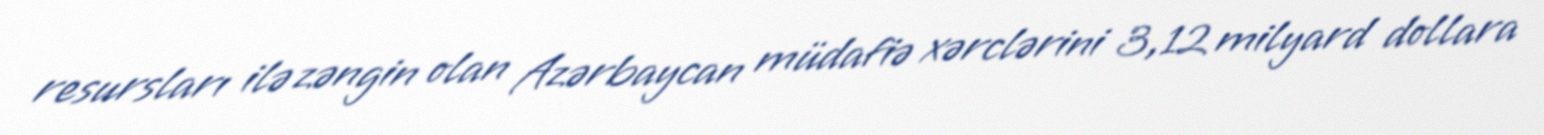
resursları ilə zəngin olan Azərbaycan müdafiə xərclərini 3,12 milyard dollara